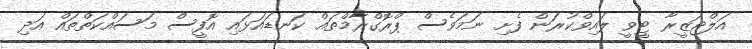
އަލްޖަޒީރާ ޓީވީ ލައިވްކުރަން ފެށި ނަމަވެސް ޕްރޮގްރާމްތައް ކަނޑައަޅައި އޮފީސް މަސައްކަތްތައް އަދި